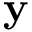
\mathbf { y }